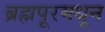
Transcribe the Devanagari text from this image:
ब्रह्मपूरमधून